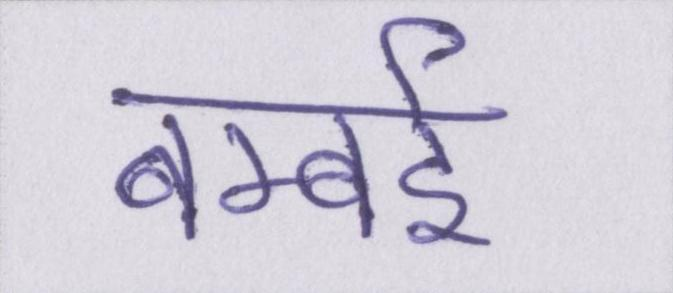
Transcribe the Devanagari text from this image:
बम्बई